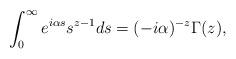
LaTeX: \begin{align*}\int_0^\infty e^{i\alpha s}s^{z-1}ds=(-i\alpha)^{-z}\Gamma(z),\end{align*}